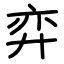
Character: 弈